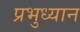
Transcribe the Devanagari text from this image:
प्रभुध्यान